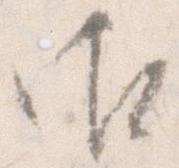
御